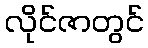
လိုင်ဇာတွင်